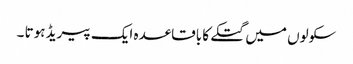
سکولوں میں گتکے کا باقاعدہ ایک پیریڈ ہوتا ۔